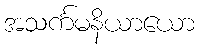
အသင်္ကမနိယာယော